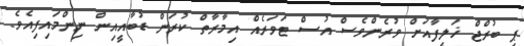
ޕީ ބުރްޖް ޚަލީފާއަށް ވުރެންވެސް އުސް ޓަވަރެއް އިމާރާތް ކުރަން ޑުބާއީއިން ނިންމައިފިއެވެ.